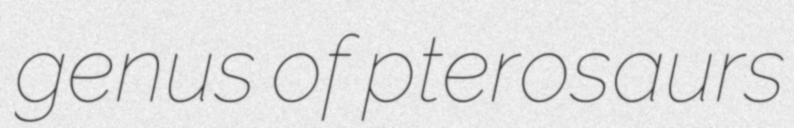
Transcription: genus of pterosaurs